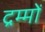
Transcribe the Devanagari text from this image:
द्रम्मों